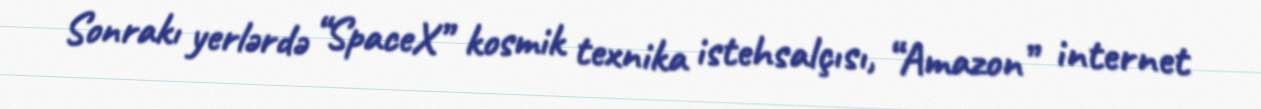
Sonrakı yerlərdə “SpaceX” kosmik texnika istehsalçısı, “Amazon” internet